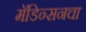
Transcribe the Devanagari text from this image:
मॅडिन्सनचा